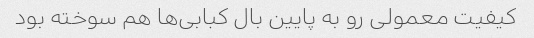
کیفیت معمولی رو به پایین بال کبابی‌ها هم سوخته بود